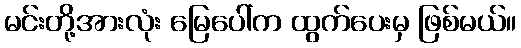
မင်းတို့အားလုံး မြေပေါ်က ထွက်ပေးမှ ဖြစ်မယ်။